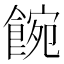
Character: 𩜌